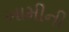
ખામીની